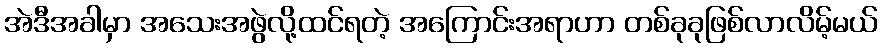
အဲဒီအခါမှာ အသေးအဖွဲလို့ထင်ရတဲ့ အကြောင်းအရာဟာ တစ်ခုခုဖြစ်လာလိမ့်မယ်